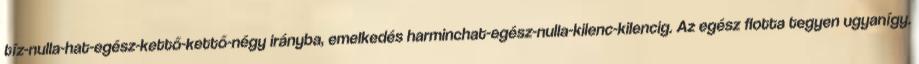
tíz-nulla-hat-egész-kettő-kettő-négy irányba, emelkedés harminchat-egész-nulla-kilenc-kilencig. Az egész flotta tegyen ugyanígy.